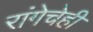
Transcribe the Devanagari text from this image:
रांगेचेही